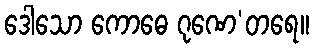
ဒေါသော ကောဓေ ဂုဏေ’တရေ။